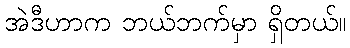
အဲဒီဟာက ဘယ်ဘက်မှာ ရှိတယ်။